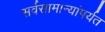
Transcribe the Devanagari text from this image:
सर्वसामान्यांपर्यत